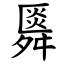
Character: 䑞